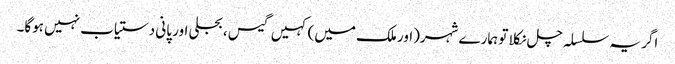
اگر یہ سلسلہ چل نکلا تو ہمارے شہر(اور ملک میں) کہیں گیس ، بجلی اور پانی دستیاب نہیں ہوگا۔